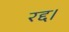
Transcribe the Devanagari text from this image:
रद्द।